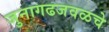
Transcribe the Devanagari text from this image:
जुनागढजवळचे